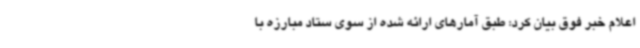
اعلام خبر فوق بیان کرد: طبق آمارهای ارائه شده از سوی ستاد مبارزه با